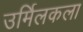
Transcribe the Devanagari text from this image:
उर्मिलकला